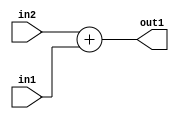
`timescale 1ps / 1ps
/*****************************************************************************
    Verilog RTL Description
    
    
    Created by: Stratus DpOpt 2019.1.01 
*******************************************************************************/

module ColorTransform_Add_19Ux17U_19U_1 (
	in2,
	in1,
	out1
	); /* architecture "behavioural" */ 
input [18:0] in2;
input [16:0] in1;
output [18:0] out1;
wire [18:0] asc001;

assign asc001 = 
	+(in2)
	+(in1);

assign out1 = asc001;
endmodule

/* CADENCE  ubHySA0= : u9/ySgnWtBlWxVPRXgAZ4Og= ** DO NOT EDIT THIS LINE ******/